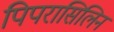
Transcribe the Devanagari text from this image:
पिपरासिलिन